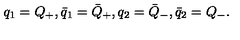
q _ { 1 } = Q _ { + } , \bar { q } _ { 1 } = \bar { Q } _ { + } , q _ { 2 } = \bar { Q } _ { - } , \bar { q } _ { 2 } = Q _ { - } .